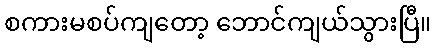
စကားမစပ်ကျတော့ ဘောင်ကျယ်သွားပြီ။